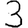
Digit: 3